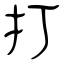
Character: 打